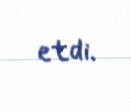
etdi.